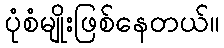
ပုံစံမျိုးဖြစ်နေတယ်။